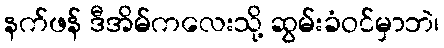
နက်ဖန် ဒီအိမ်ကလေးသို့ ဆွမ်းခံဝင်မှာဘဲ၊